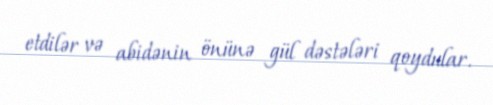
etdilər və abidənin önünə gül dəstələri qoydular.